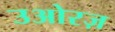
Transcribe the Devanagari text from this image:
उओरज़